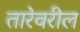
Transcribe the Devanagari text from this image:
तारेवरील